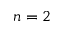
n = 2